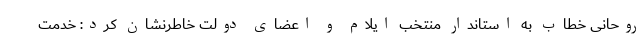
روحانی خطاب به استاندار منتخب ایلام و اعضای دولت خاطرنشان کرد: خدمت